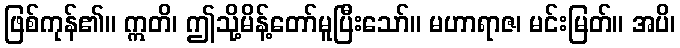
ဖြစ်ကုန်၏။ ဣတိ၊ ဤသို့မိန့်တော်မူပြီးသော်။ မဟာရာဇ၊ မင်းမြတ်။ အပိ၊